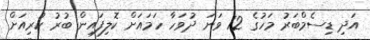
އަދި ޑިސެމްބަރު މަހުގެ 12 ވަނަ ދުވަހާ ހަމައަށް ކޮލިފައިން ބުރު ކުރިއަށް